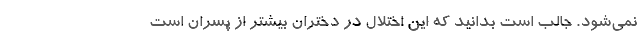
نمی‌شود. جالب است بدانید که این اختلال در دختران بیشتر از پسران است